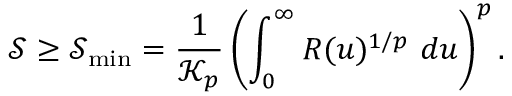
\mathscr { S } \geq \mathscr { S } _ { \mathrm { m i n } } = \frac { 1 } { \mathscr { K } _ { p } } \left( \int _ { 0 } ^ { \infty } R ( u ) ^ { 1 / p } ~ d u \right) ^ { p } .